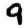
Digit: 9